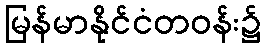
မြန်မာနိုင်ငံတဝန်း၌